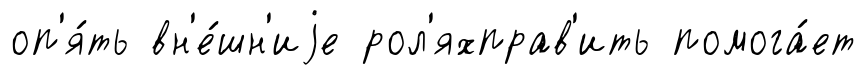
оп'я́ть вн'е́шн'иjе рол'яхправ'ить помога́ет